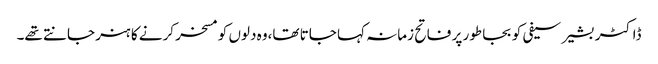
ڈاکٹر بشیر سیفی کو بجا طور پر فاتح زمانہ کہا جاتا تھا،وہ دلوں کو مسخر کرنے کا ہنر جانتے تھے۔